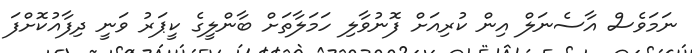
ނަމަވެސް އާސެނަލް އިން ކުރިއަށް ފޮނުވާލި ހަމަލާތަށް ބާންލީގެ ކީޕަރު ވަނީ ދިފާއުކޮށްފަ